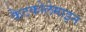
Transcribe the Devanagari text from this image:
कैटकोलेमाइन